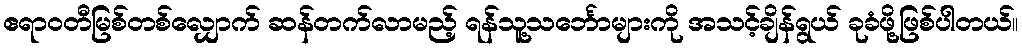
ဧရာဝတီမြစ်တစ်လျှောက် ဆန်တက်လာမည့် ရန်သူ့သင်္ဘောများကို အသင့်ချိန်ရွယ် ခုခံဖို့ဖြစ်ပါတယ်။